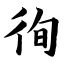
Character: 徇